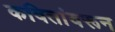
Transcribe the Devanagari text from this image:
कवितांवरून